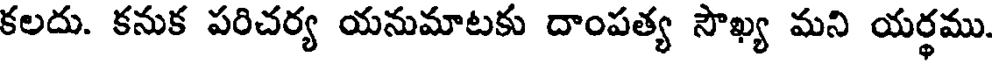
కలదు. కనుక పరిచర్య యనుమాటకు దాంపత్య సౌఖ్య మని యర్థము.